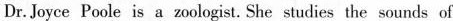
Dr. Joyce Poole is a zoologist. She studies the sounds of